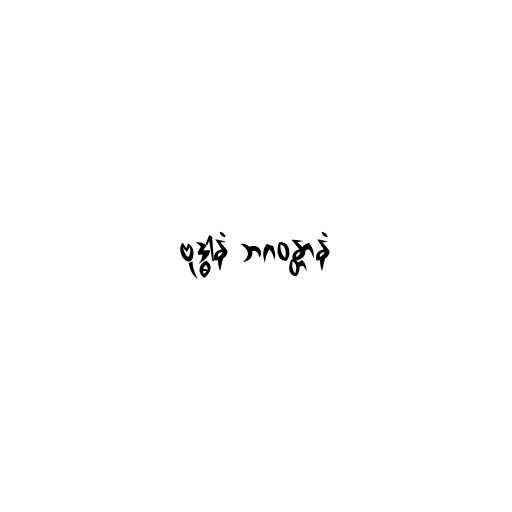
ဗုဒ္ဓါနံ ဘဂဝန္တာနံ